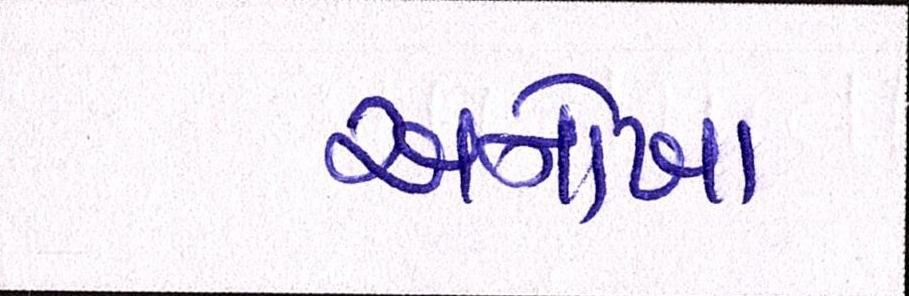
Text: અનોખા